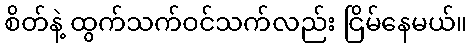
စိတ်နဲ့ ထွက်သက်ဝင်သက်လည်း ငြိမ်နေမယ်။